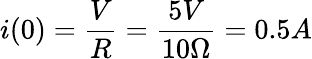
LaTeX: i(0)=\frac{V}{R}=\frac{5V}{10\Omega}=0.5A